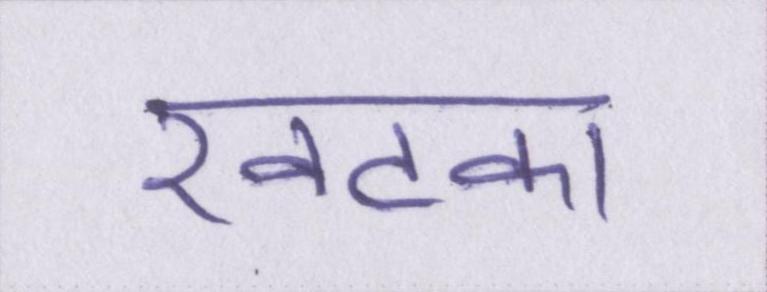
खटका